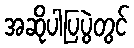
အဆိုပါပြပွဲတွင်